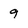
Character: 9